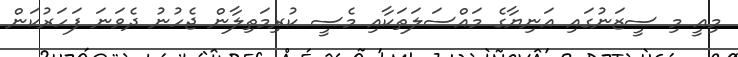
މިއީ މި ސީޒަނުގައި އަނިޔާގެ މައްސަލަތަކާއި މެސީ ކުރިމަތިލާން ޖެހުނު ދެވަނަ ފަހަރުކަން